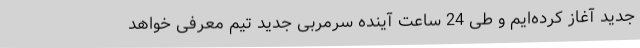
جدید آغاز کرده‌ایم و طی 24 ساعت آینده سرمربی جدید تیم معرفی خواهد